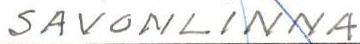
SAVONLINNA